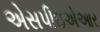
એસપીઇએઆર